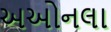
અઓનલા